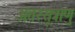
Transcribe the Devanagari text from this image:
अंतस्सूत्राणु